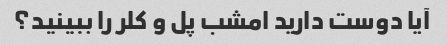
آیا دوست دارید امشب پل و کلر را ببینید؟